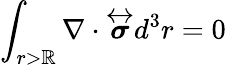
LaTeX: \int_{r>\mathbb{R}}\nabla\cdot\overleftrightarrow{{\boldsymbol{\sigma}}}d^{3}r=0